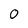
Character: 0